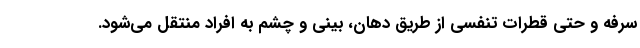
سرفه و حتی قطرات تنفسی از طریق دهان، بینی و چشم به افراد منتقل می‌شود.